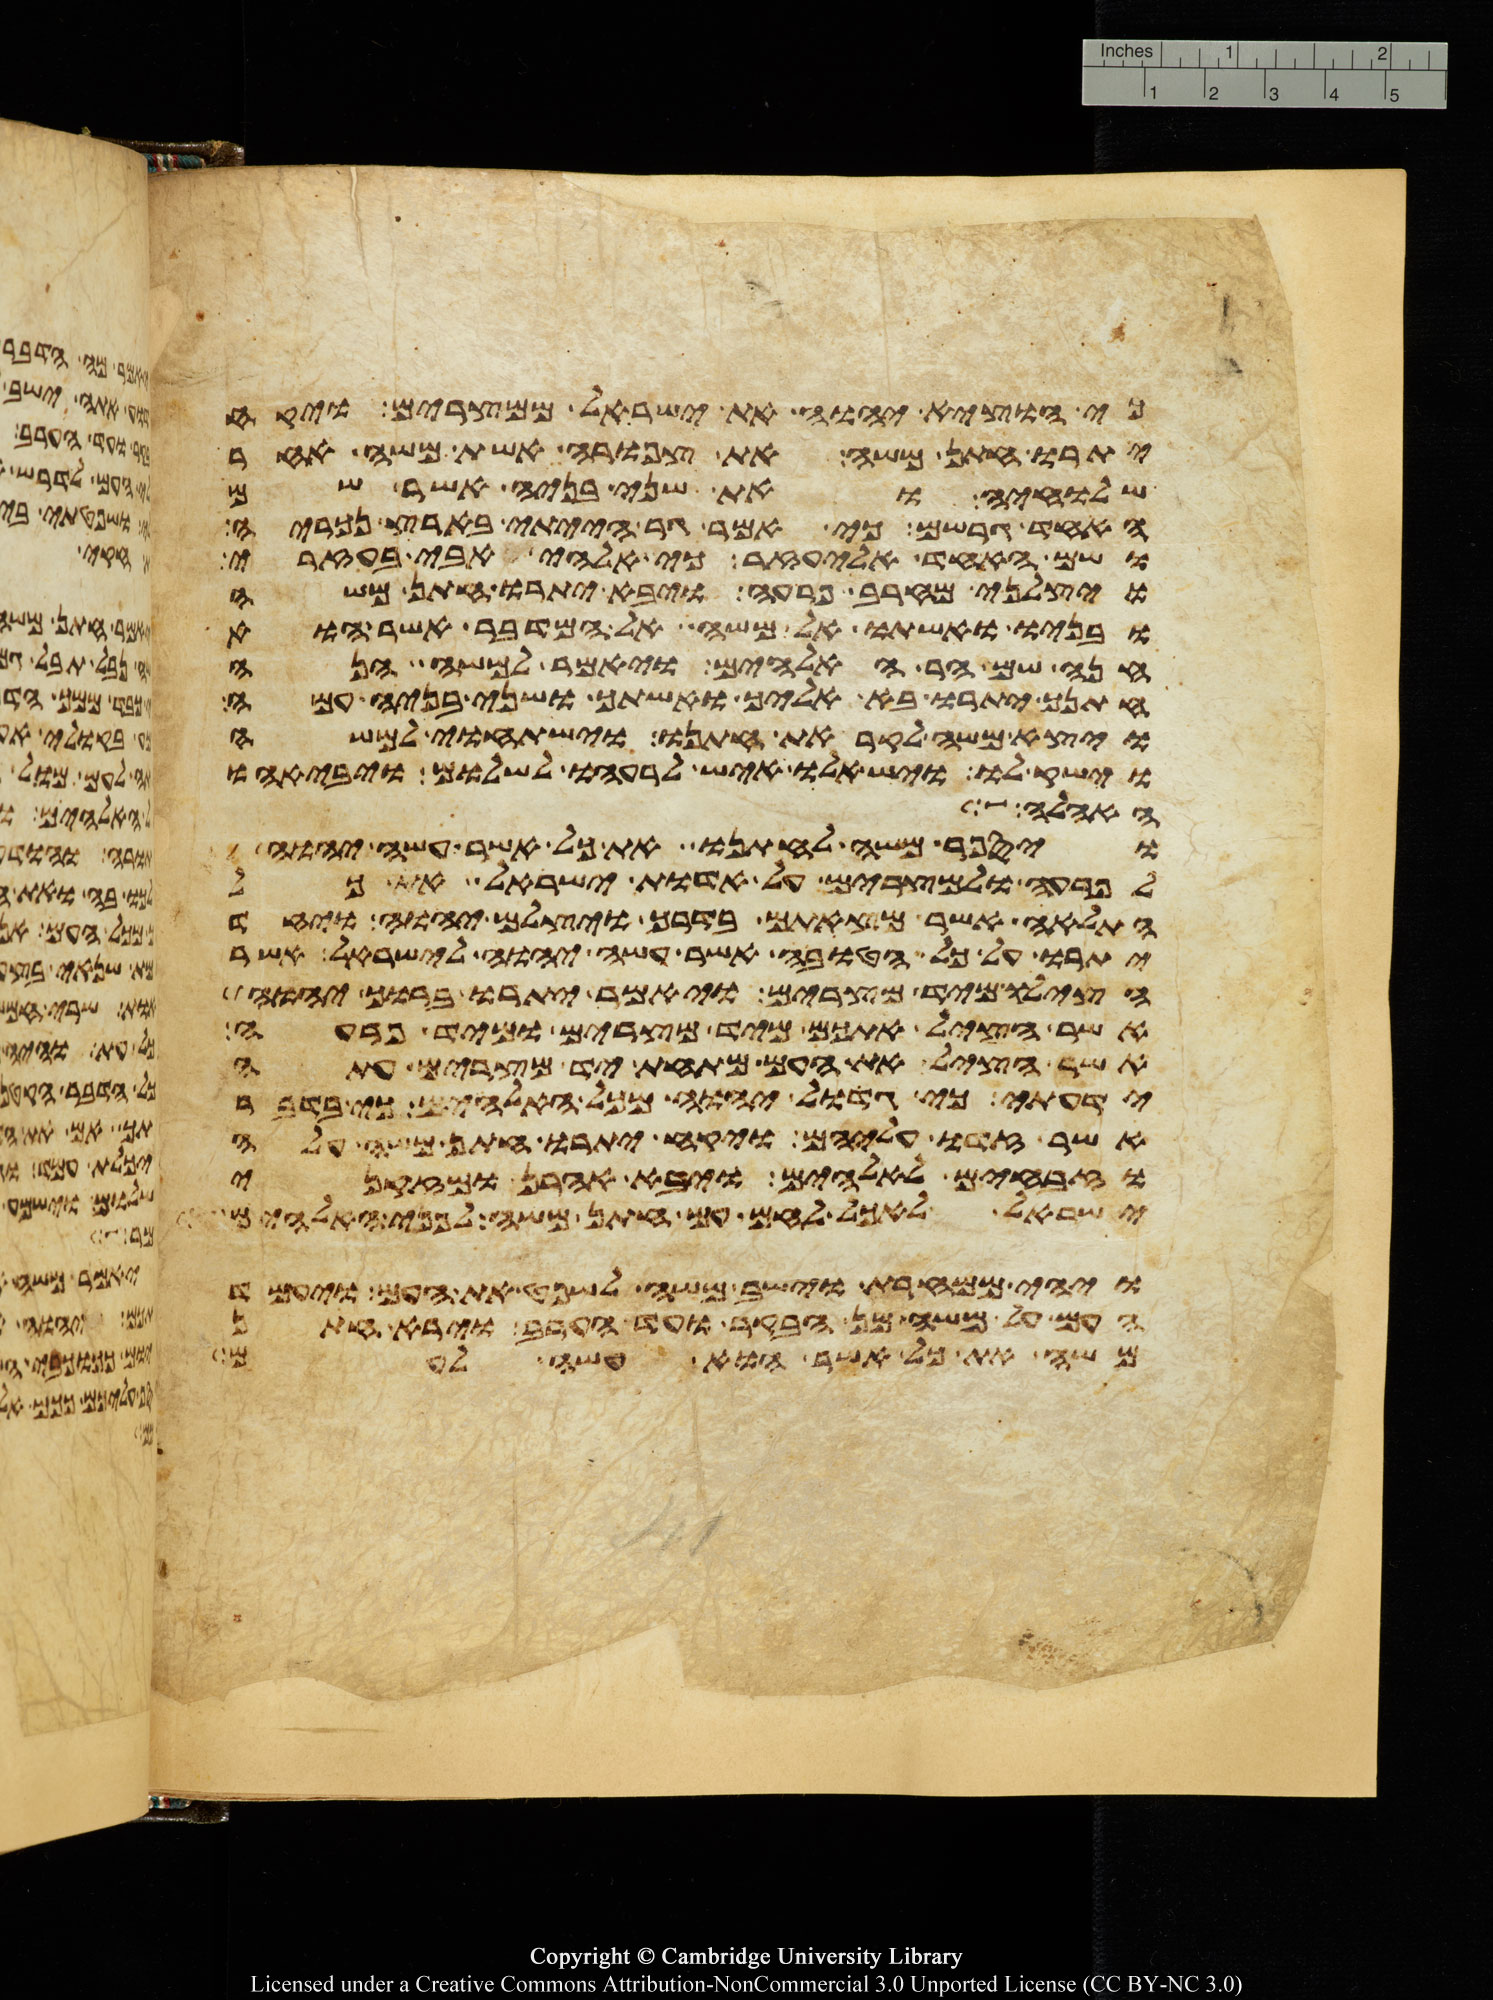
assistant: כי הוציא יהוה את ישראל ממצרים ויקח
יתרו חתן משה את צפורה אשת משה אחר
שלחיה ואת שני בניה אשר שם
האחד גרשם כי אמר גר הייתי בארץ נכריה
ושם האחד אליעזר כי אלהי אבי בעזרי
ויצלני מחרב פרעה ויבא יתרו חתן משה
ובניו ואשתו אל משה אל המדבר אשר הוא
חנה שם הר האלהים ויאמר למשה הנה
חתנך יתרו בא אליך ואשתך ושני בניה עמה
ויצא משה לקראת חתנו וישתחוי למשה
וישק לו וישאלו איש לרעהו לשלום ויבאהו
האהלה אל
ויספר משה לחתנו את כל אשר עשה יהוה
לפרעה ולמצרים על אדות ישראל את כל
התלאה אשר מצאתם בדרך ויצלם יהוה ויחד
יתרו על כל הטובה אשר עשה יהוה לישראל אשר
הצילו מיד מצרים ויאמר יתרו ברוך יהוה
אשר הציל אתכם מיד מצרים ומיד פרעה
אשר הציל את העם מתחת יד מצרים עתה
ידעתי כי גדול יהוה מכל האלהים כי בדבר
אשר זדו עליהם ויקח יתרו חתן משה עלה
וזבחים לאלהים ויבא אהרן ומזקני
ישראל לאכל לחם עם חתן משה לפני האלהים
ויהי ממחרת וישב משה לשפט את העם ויעמד
העם על משה מן הבקר ועד הערב וירא חתן
משה את כל אשר הוא עשה לעם